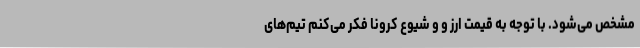
مشخص می‌شود. با توجه به قیمت ارز و و شیوع کرونا فکر می‌کنم تیم‌های